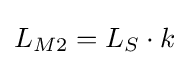
L_{M2}=L_{S}\cdot {k}